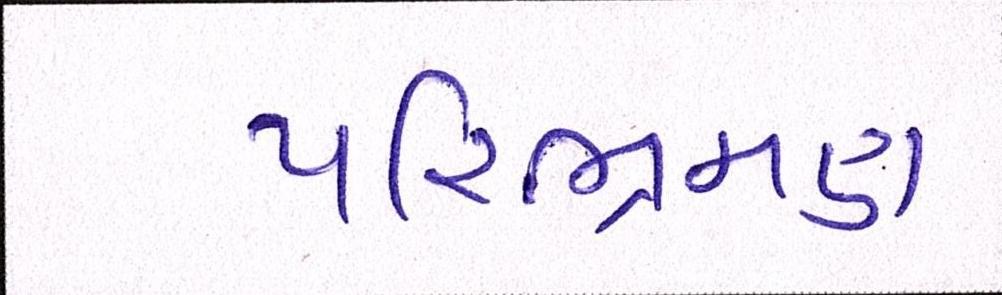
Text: પરિભ્રમણ